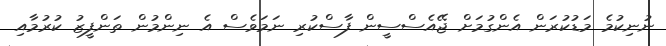
ނުނިކުމެ މަޑުކުރަން އެންގުމަށް ޖޭއެސްސީން ފާސްކުރި ނަމަވެސް އެ ނިންމުން ތަންފީޒު ކުރުމާއި